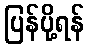
ပြန်ပို့ရန်